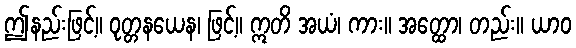
ဤနည်းဖြင့်။ ဝုတ္တနယေန၊ ဖြင့်။ ဣတိ အယံ၊ ကား။ အတ္ထော၊ တည်း။ ယာဝ